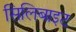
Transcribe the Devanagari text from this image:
सिलिबाइट